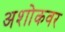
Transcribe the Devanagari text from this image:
अशोकवर